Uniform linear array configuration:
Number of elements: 4
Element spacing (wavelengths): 0.25
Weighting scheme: blackman
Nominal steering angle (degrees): -60
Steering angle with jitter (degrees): -60.549
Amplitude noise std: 0.05
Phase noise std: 0.05

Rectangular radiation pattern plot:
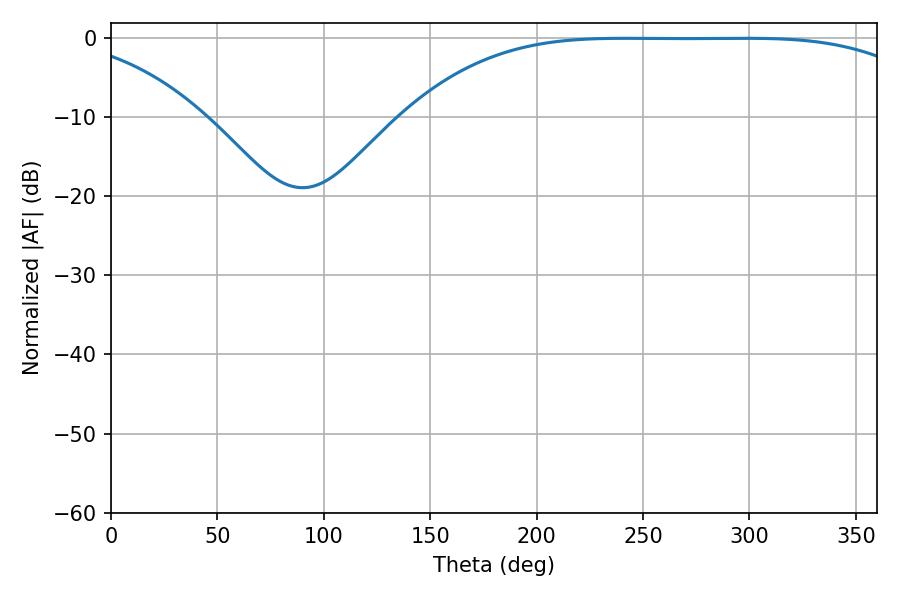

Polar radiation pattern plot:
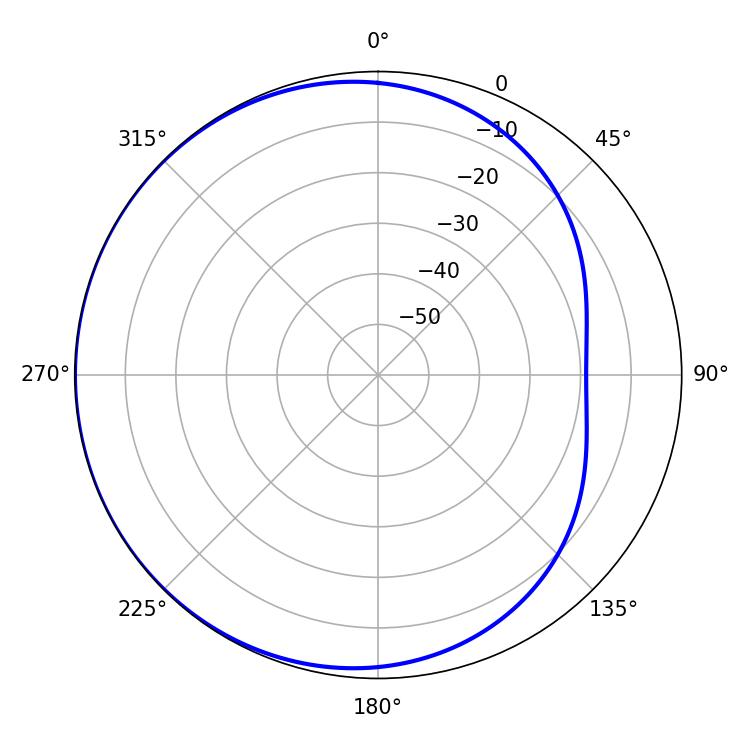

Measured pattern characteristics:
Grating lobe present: FALSE
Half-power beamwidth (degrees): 186.84
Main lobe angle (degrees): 241.92